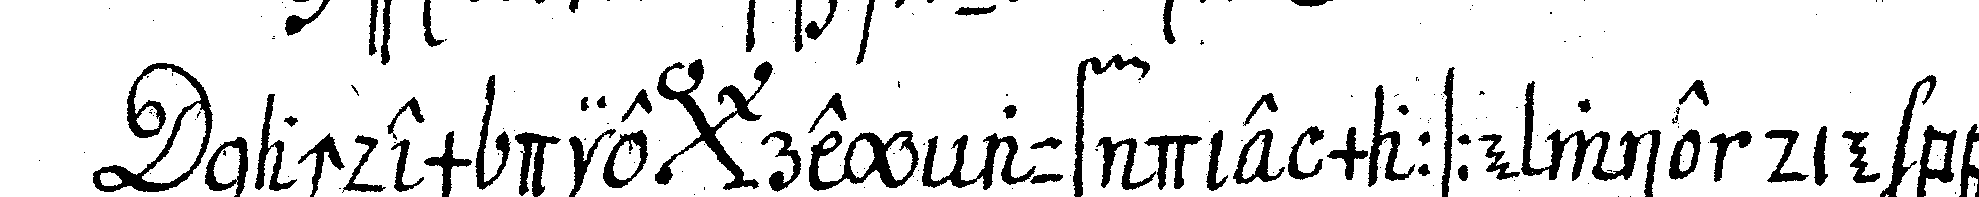
nachdem die *bigx* rey auf die maasse wie die bey